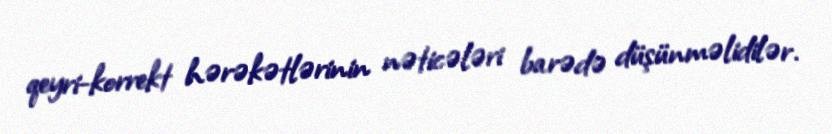
qeyri-korrekt hərəkətlərinin nəticələri barədə düşünməlidilər.